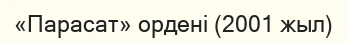
«Парасат» ордені (2001 жыл)